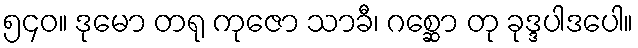
၅၄၀။ ဒုမော တရု ကုဇော သာခီ၊ ဂစ္ဆော တု ခုဒ္ဒပါဒပေါ။